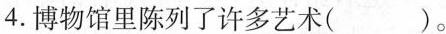
4.博物馆里陈列了许多艺术( )。